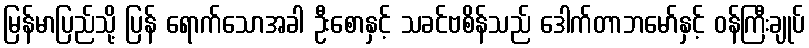
မြန်မာပြည်သို့ ပြန် ရောက်သောအခါ ဦးစောနှင့် သခင်ဗစိန်သည် ဒေါက်တာဘမော်နှင့် ဝန်ကြီးချုပ်